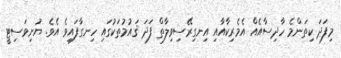
މިފަދަ ކިތަންމެ ހާދިސާއެއް އެމެރިކާއާއި އިނގިރޭސިވިލާތް ފަދަ ޤައުމުތަކުގައި ހިނގާފައިވެ އެވެ. ޔުނިވަސިޓީ